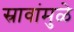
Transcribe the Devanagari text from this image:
स्रावांमुळे